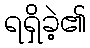
ရရှိခဲ့၏